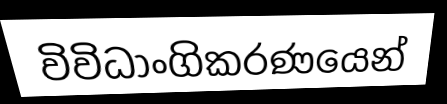
විවිධාංගිකරණයෙන්